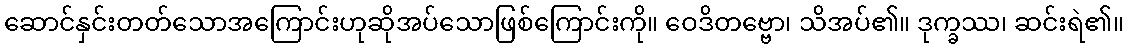
ဆောင်နှင်းတတ်သောအကြောင်းဟုဆိုအပ်သောဖြစ်ကြောင်းကို။ ဝေဒိတဗ္ဗော၊ သိအပ်၏။ ဒုက္ခဿ၊ ဆင်းရဲ၏။